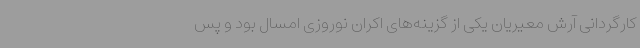
کارگردانی آرش معیریان یکی از گزینه‌های اکران نوروزی امسال بود و پس